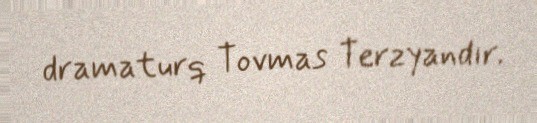
dramaturq Tovmas Terzyandır.